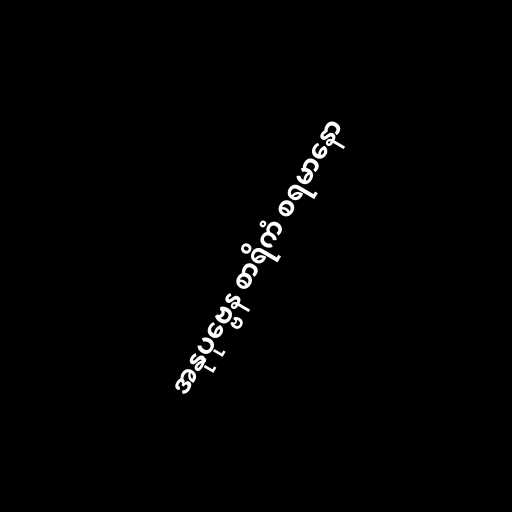
အနုပုဗ္ဗေန စာရိကံ စရမာနော